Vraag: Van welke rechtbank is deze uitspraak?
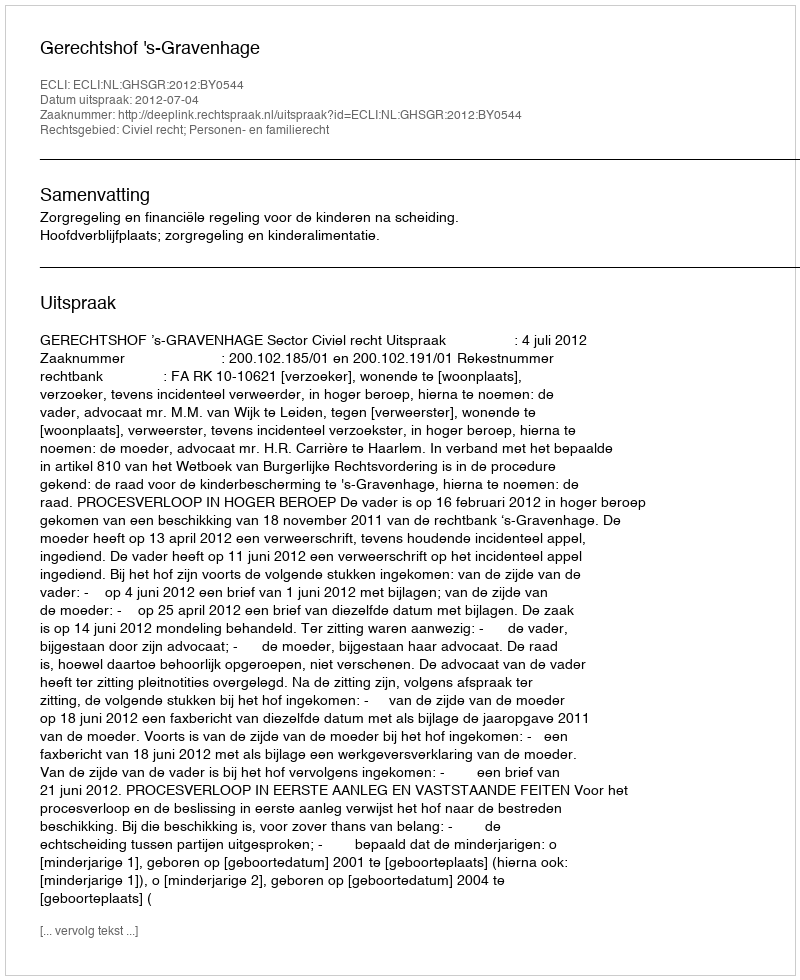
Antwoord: Gerechtshof 's-Gravenhage